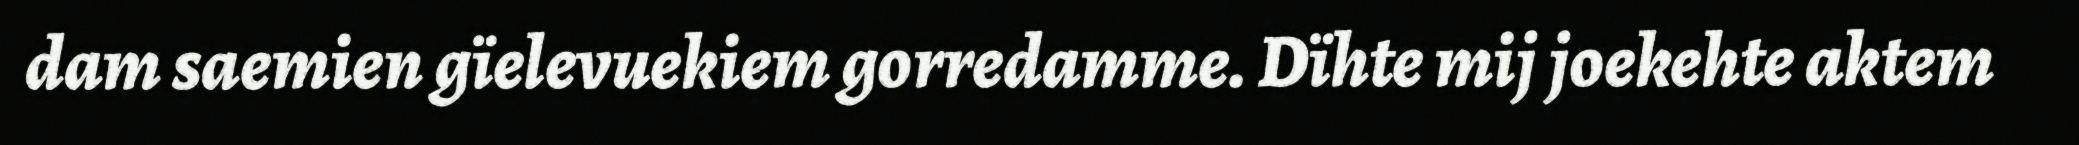
dam saemien gïelevuekiem gorredamme. Dïhte mij joekehte aktem